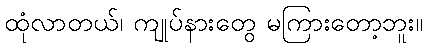
ထုံလာတယ်၊ ကျုပ်နားတွေ မကြားတော့ဘူး။